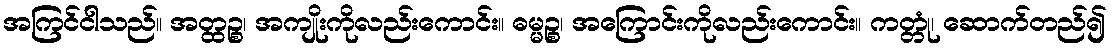
အကြင်ငါသည်။ အတ္ထဉ္စ၊ အကျိုးကိုလည်းကောင်း။ ဓမ္မဉ္စ၊ အကြောင်းကိုလည်းကောင်း။ ကတ္တုံ၊ ဆောက်တည်၍